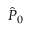
\hat { P } _ { 0 }